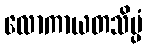
လောကာယတသိပ္ပံ